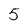
Character: 5